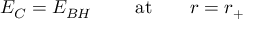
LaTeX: E _ { C } = E _ { B H } \ \ \ \ \ \ \ \mathrm { a t } \ \ \ \ \ \ r = r _ { + }